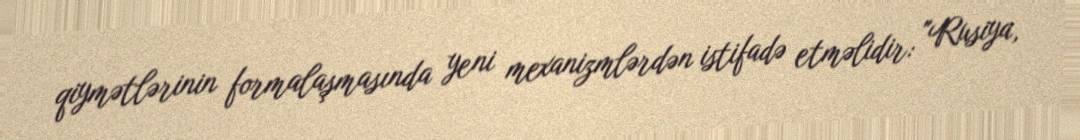
qiymətlərinin formalaşmasında yeni mexanizmlərdən istifadə etməlidir: "Rusiya,